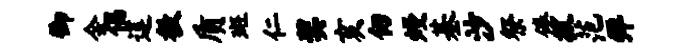
御会倡莲教质斑仁奖亥仞熳基沙祭倦拔范弹